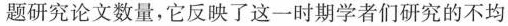
题研究论文数量，它反映了这一时期学者们研究的不均